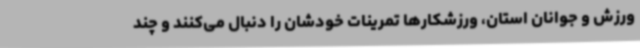
ورزش و جوانان استان، ورزشکارها تمرینات خودشان را دنبال می‌کنند و چند